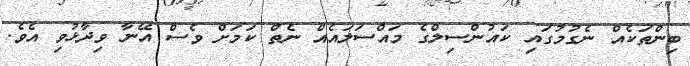
ބިންތަކެއް ނެގުމުގައި ކައުންސިލްގެ މައްސަލައެއް ނެތް ކަމަށް ވެސް އޭނާ ވިދާޅުވި އެވެ.